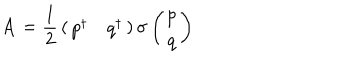
LaTeX: { \bf A } = { \frac { 1 } { 2 } } \left( \begin{array} { c c } { { p ^ { \dagger } } } & { { q ^ { \dagger } } } \\ \end{array} \right) { \bf \sigma } \left( \begin{array} { c } { { p } } \\ { { q } } \\ \end{array} \right)